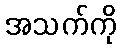
အသက်ကို